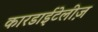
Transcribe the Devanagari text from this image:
कारडाईटेलीज़